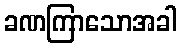
ခဏကြာသောအခါ